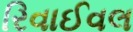
રિવાઈવલ